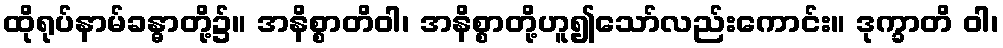
ထိုရုပ်နာမ်ခန္ဓာတို့၌။ အနိစ္စာတိဝါ၊ အနိစ္စာတို့ဟူ၍သော်လည်းကောင်း။ ဒုက္ခာတိ ဝါ၊